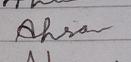
Signature authenticity: genuine